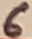
Text: 6